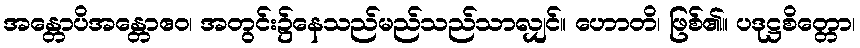
အန္တောပိအန္တောဧဝ၊ အတွင်း၌နေသည်မည်သည်သာလျှင်။ ဟောတိ၊ ဖြစ်၏။ ပဒုဋ္ဌစိတ္တော၊